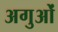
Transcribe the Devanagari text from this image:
अगुओं